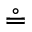
\circeq